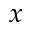
x